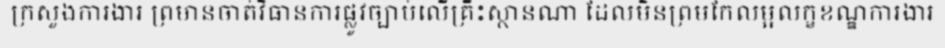
ក្រសួងការងារ ព្រមានចាត់វិធានការផ្លូវច្បាប់លើគ្រឹះស្ថានណា ដែលមិនព្រមកែលម្អលក្ខខណ្ឌការងារ